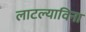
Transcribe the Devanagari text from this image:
लाटल्याविना